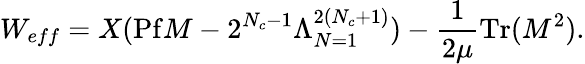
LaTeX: W_{eff}=X(\mathrm{Pf}M-2^{N_{c}-1}\Lambda_{N=1}^{2(N_{c}+1)})-\frac{1}{2\mu}\mathrm{Tr}(M^{2}).